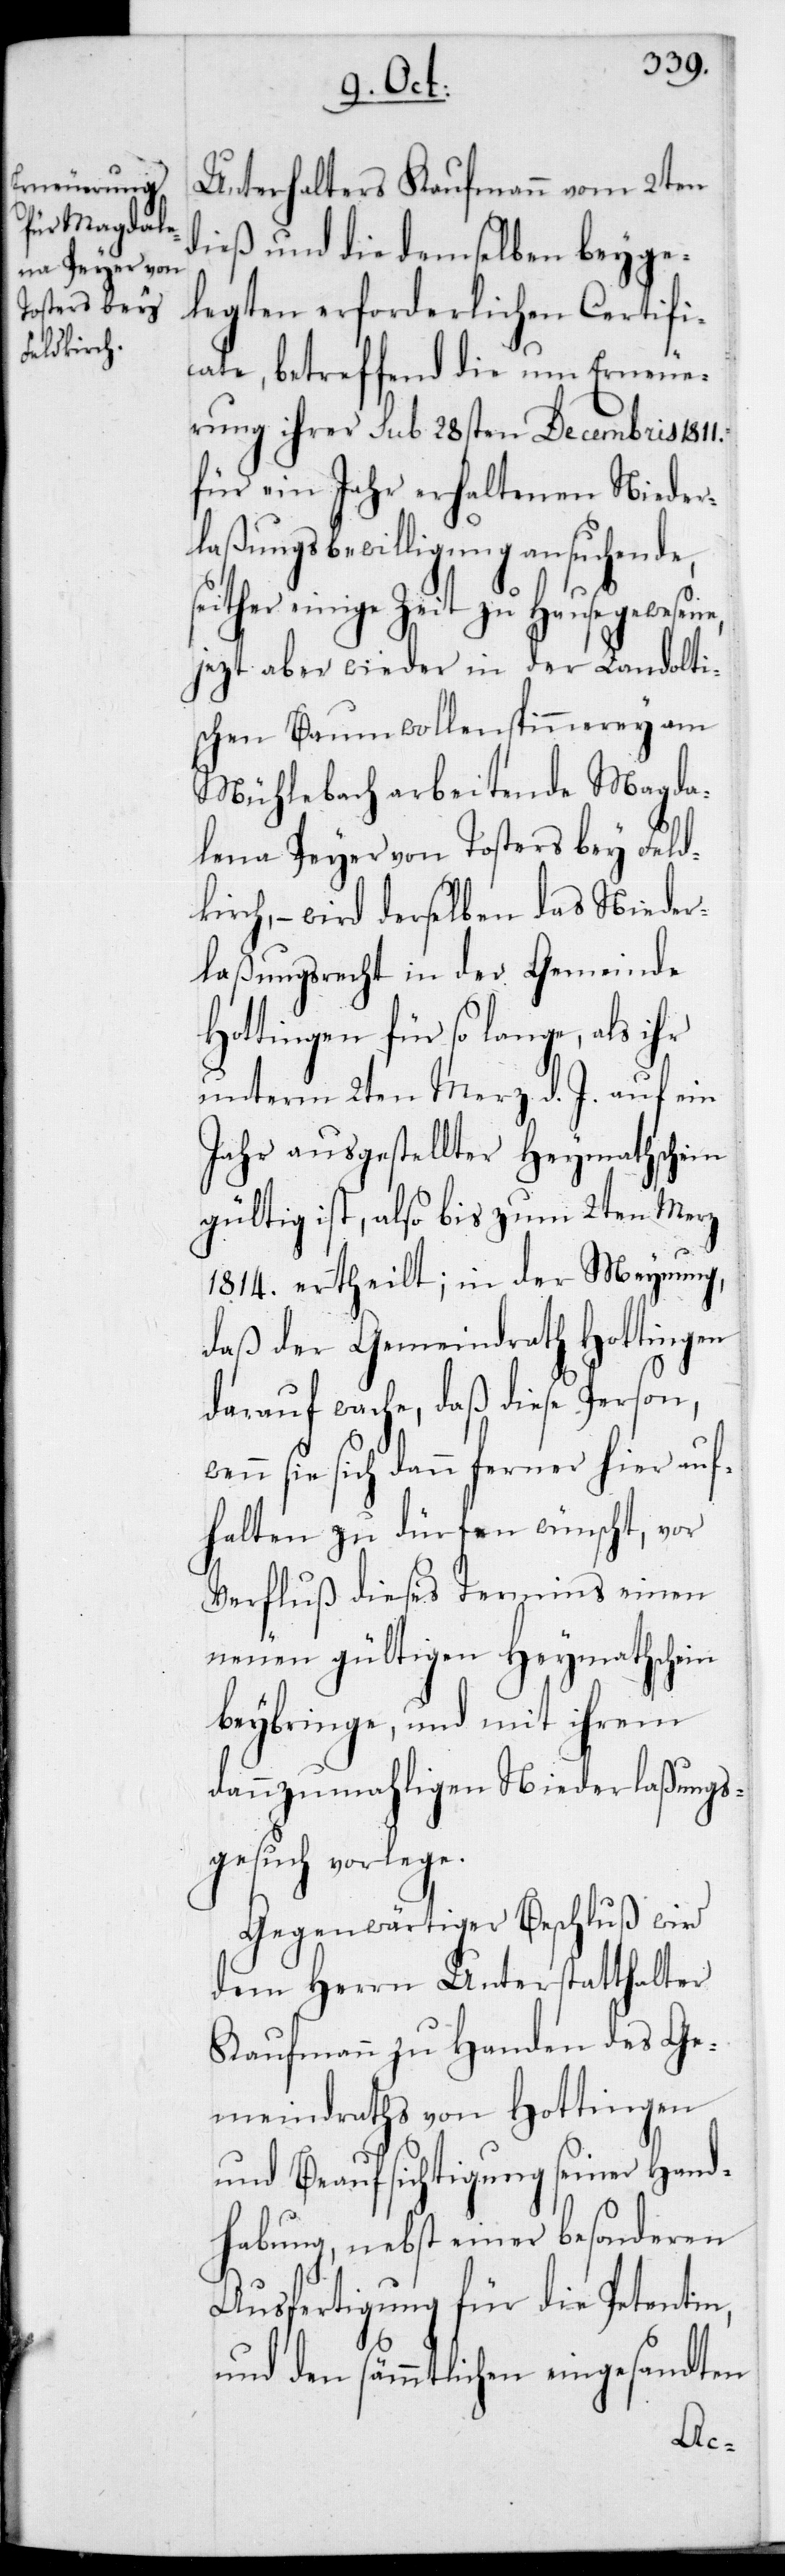
statthalters Kaufmann vom 2ten
dieß und die demselben beyge¬
legten erforderlichen Certifi¬
cate, betreffend die um Erneue¬
rung ihrer sub 28sten Decembris 1811
für ein Jahr erhaltenen Nieder¬
laßungsbewilligung ansuchende,
seither einige Zeit zu Hause gewesene,
jezt aber wieder in der Landolti¬
schen Baumwollenspinnerey am
Mühlebach arbeitende Magda¬
lena Peyer von Tosters bey Feld¬
kirch, – wird derselben das Nieder¬
laßungsrecht in der Gemeinde
Hottingen für so lange, als ihr
unterm 2ten Merz d. J. auf ein
Jahr ausgestellter Heymathschein
gültig ist, also bis zum 2ten Merz
1814 ertheilt; in der Meynung,
daß der Gemeindrath Hottingen
darauf wache, daß diese Person,
sie sich dann ferner hier auf¬
halten zu dürfen wünscht, vor
Verfluß dieses Termins einen
neuen gültigen Heymathschein
beybringe, und mit ihrem
dannzumahligen Niederlaßungs¬
gesuch vorlege.
Gegenwärtiger Beschluß wird
dem Herrn Unterstatthalter
Kaufmann zu Handen des Ge¬
meindraths von Hottingen
und Beaufsichtigung seiner Hand¬
habung, nebst einer besonderen
Ausfertigung für die Petentin,
und den sämmtlichen eingesandten
Unter¬